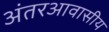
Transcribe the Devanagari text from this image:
अंतरआवासीय